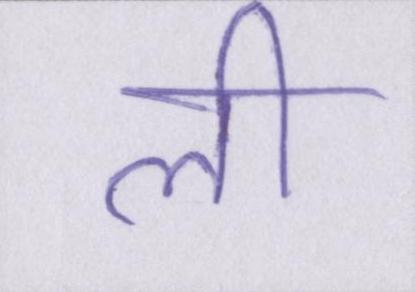
ली